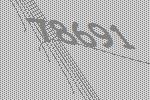
78691